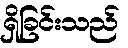
ရှိခြင်းသည်